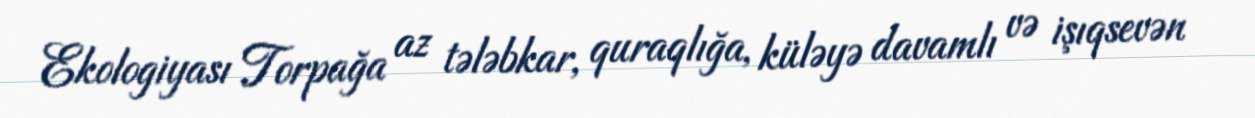
Ekologiyası Torpağa az tələbkar, quraqlığa, küləyə davamlı və işıqsevən